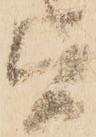
旨